King Institute of Preventive Medicine Bacteriolog. Section reports 1907-08
Year: 1907
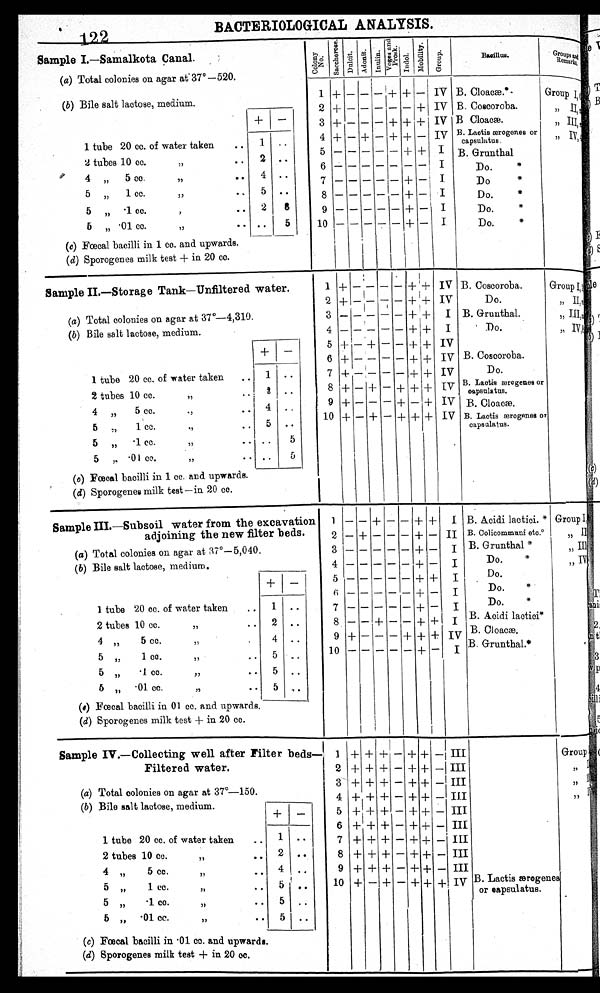
BACTERIOLOGICAL ANALYSIS.
I.—Samalkota Canal.
Sample
(a) Total colonies on agar at 37° —520.
(b) Bile salt lactose, medium.
+
—
1 tube 20 cc. of water taken
,, 1 . .
2 tubes 10 cc.
,,
..
2 ..
4 "
5 cc.
4 ..
,,
5„
1 cc.
,, .
,
5 ..
5 "
.1 cc...2
8
'
5
.01 cc.
,,
..
1
5
(c) Fœcal bacilli in 1 cc. and upwards.
(d) Sporogenes milk test + in 20 cc.
C o l o n y
No .
S a c c h a r o s e .
D u l c i t .
A d o n i t e .
I n u l i n .
V o g e s
a n d
p r o s k .
I n d o l .
M o b i l i t y .
G r o u p .
Bacillus.
Groups
Remarks.
1 + — — —+ + — IV
2 + – – – – – + IV
3 + — — — + + + IV
4 + — + — + + — IV
5 – – – – – + +I
6– – – – – – – I
7– – – – – +— I
8 – – – – + – I
9 – – – – – + —I
10 – – – – – + — I
B. Cloacæ.*
B. Coscoroba.
B Cloacæ.
B. Laotis ærogenes or
capasulatas.
B. Grunthal
Do.*
Do*
Do.*
Do.*
Do.*
Group I,
,,
II),
„ III,
, , I V ,
I V,
Sample II.—Storage Tank—Unfiltered water.
(a) Total colonies on agar at 37°— 4,310.
(b) Bile salt lactose, medium.
_
1 tube 20 cc. of water taken
..
1 ..
2 tubes 10 cc.
,,
. . ..
4 "
5 cc.
,,
..
4 . .
5 „
i
cc.
,,
. . 5 . .
5 „
.1 cc.
,,
.. ..
5
5
.01 cc.
,,
. . . . 5
(c) Fœcal bacilli in 1 cc. and upwards.
(d) Sporogenes milk test—in 20 cc.
1 + — — — — + + IV
2 + — — — — + + IV
3 — — — — — + +
I
4 — — — — — + +
I
5 + — + — — + + IV
6 + — — — — + + IV
7 + — — — — + + IV
8 + — + — + + + IV
9 + — — — + — + IV
10 + — + — + + + IV
B. Coscoroba.
Do.
B. Grunthal.
Do.
B. Coscoroba.
Do.
B. Laotis ærogenes or
capsulatus.
B. Cloacæ.
B. Lactis ærogenes or
capsulatus.
Group I,'
,, II,'
„III,,
„ IV
Sample III.—Subsoil water from the excavation
adjoining the new filter beds.
(a) Total colonies on agar at 37°-5,040.
(b) Bile salt lactose, medium.
+-
1 tube 20 cc. of water taken
..
1 ..
2 tubes 10 cc.
,,
..
2 ..
4 „
5 cc.
,,
.
4 ..
5 „
1 cc.
,,
..
5 . .
5
. ,, . 1 cc.
,,
. . 5 . .
5 „
.01 cc.
,, .
.
5
..
(c) Fœcal bacilli in 01 cc. and upwards,
(d) Sporogenes milk test + in 20 cc.
1 — — + — — + +
I
2 — + — — — + — II
3 – – – – – + –
I
4 – – – – – + — I
5 – – – – – + + I
6– – – – – + -
I
7 – – – – – + —
I
8 — — + — — + +
I
9 + – – – + + + IV
10 – – – – – + —
I
B. Acidi lactici. *
B. Colicommuni etc.
B. Grunthal *
Do.
*
Do.
Do.
*
Do.
*
B. Acidi lactici*
B. Cloacæ.
B. Grunthal.*
Group I
„ .II
„ III
„ IV
Sample IV.—Collecting well after Filter beds—
Filtered water.
(a) Total colonies on agar at 37°—150.
(b) Bile salt lactose, medium.
(b)
+ –
1 tube 20 cc. of water taken .. 1 ..
2 tubes 10 cc...
2 . .
, ,
4 „
5
4 ..
.
.
5 „
1 cc.
„
..
5 ..
5 „
.1 cc.
..
5 ..
, ,
5 „ .01 cc.. .
5 ..
,,
(c) Fœcal bacilli in .01 cc. and upwards.
(d) Sporogenes milk test + in 20 cc.
1 + + + — + + —III
2 + + + — + + — III
3 + + + — ++ — III
4 + + + — + + — III
5 + + + — + + — III
6 + + + — + + — III
7+ + + — + + — III
8 + + + — + +– III
9 + + + — + + — III
10 + — + — + + + IV B. Lactis æ rogenes,
or capsulatus.
Group
I
I I I
I I I
, , I V .
1 2 2